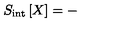
S _ { \mathrm { i n t } } \left[ X \right] = -